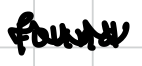
Text: found
Cross-out: mix
Writing tool: digital_black